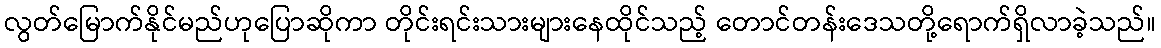
လွတ်မြောက်နိုင်မည်ဟုပြောဆိုကာ တိုင်းရင်းသားများနေထိုင်သည့် တောင်တန်းဒေသတို့ရောက်ရှိလာခဲ့သည်။